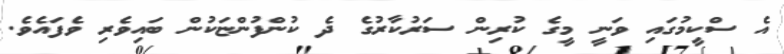
އެ ސްކީމުގައި ވަނީ މީގެ ކުރިން ސަރުކާރުގެ ދެ ކުންފުންޏަކުން ބައިވެރި ވެފައެވެ.